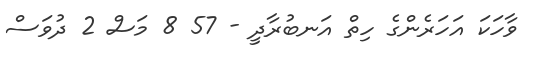
ވާހަކަ އަހަރެންގެ ހިތް އަނބުރާދީ - 57 8 މަސް 2 ދުވަސް